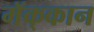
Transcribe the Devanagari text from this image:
मॅक्‌कान